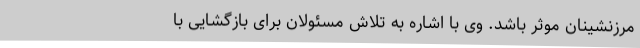
مرزنشینان موثر باشد. وی با اشاره به تلاش مسئولان برای بازگشایی با